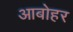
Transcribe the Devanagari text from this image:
आबोहर